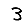
Digit: 3